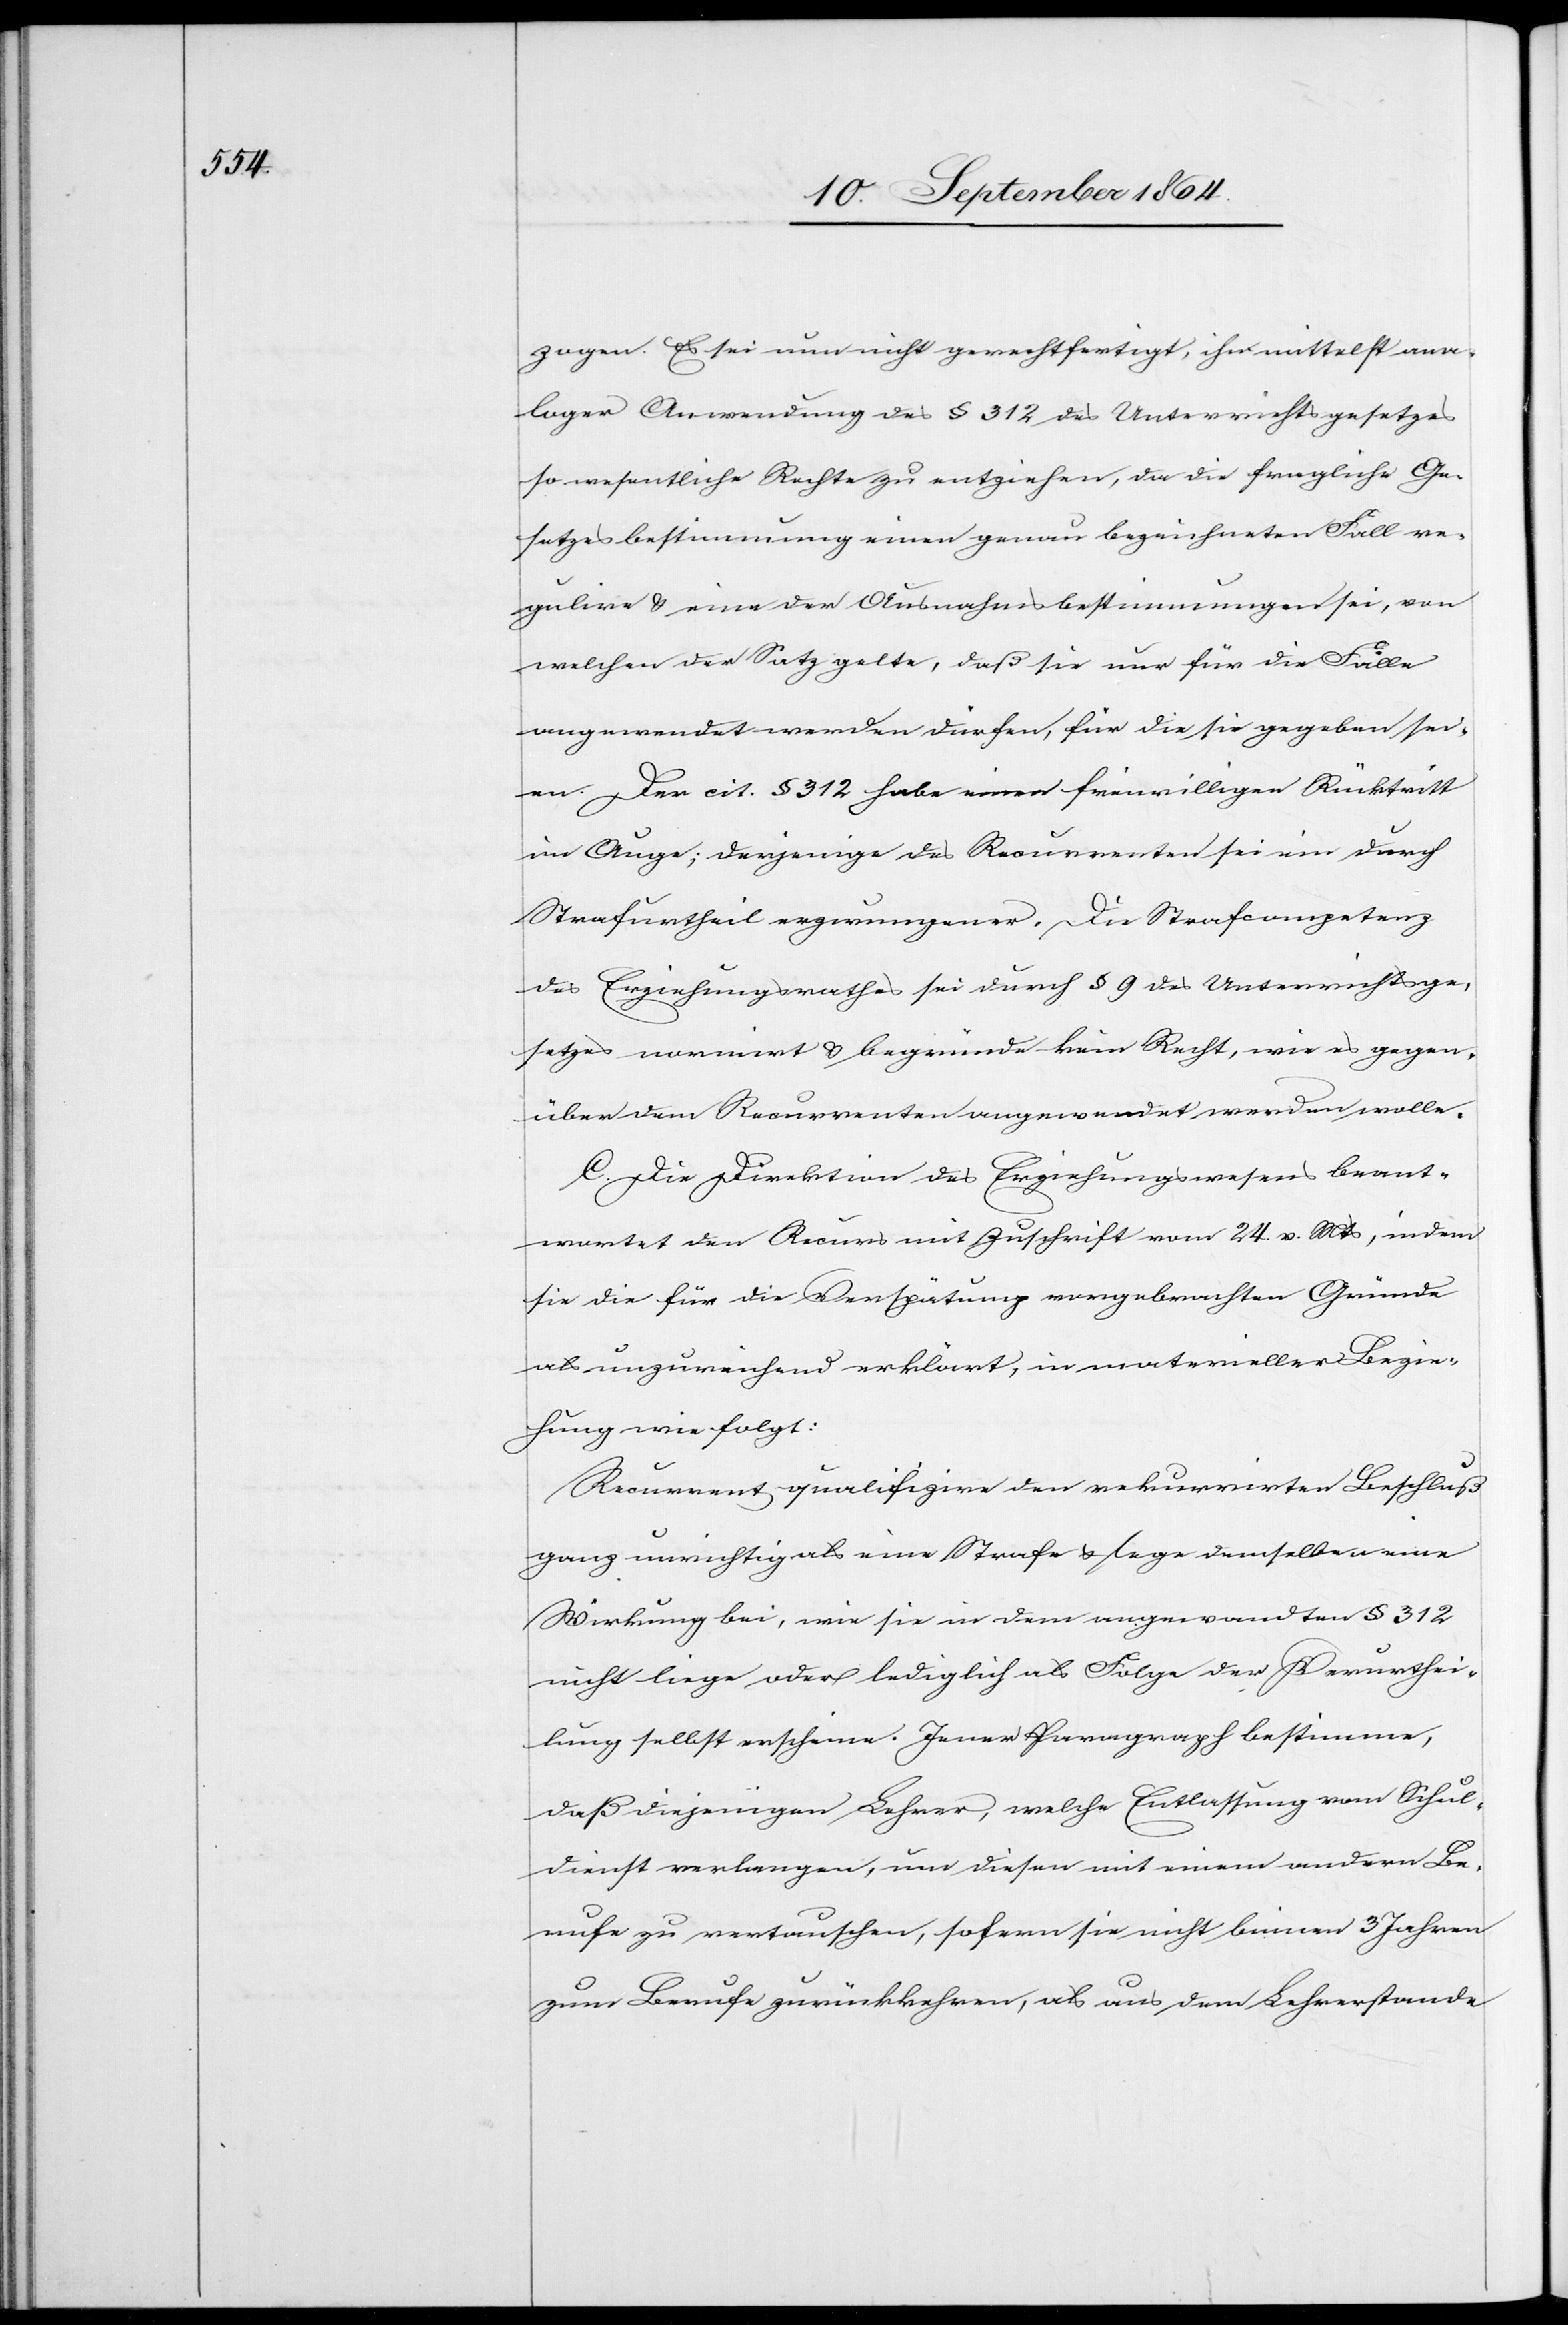
zogen. Es sei nun nicht gerechtfertigt, ihm mittelst ana¬
loger Anwendung des § 312 des Unterrichtsgesetzes
so wesentliche Rechte zu entziehen, da die fragliche Ge¬
setzesbestimmung einen genau bezeichneten Fall re¬
gulire & eine der Ausnahmsbestimmungen sei, von
welchen der Satz gelte, daß sie nur für die Fälle
angewendet werden dürfen, für die sie gegeben sei¬
en. Der cit. § 312 habe einen freiwilligen Rücktritt
im Auge; derjenige des Recurrenten sei ein durch
Strafurtheil erzwungener. Die Strafcompetenz
des Erziehungsrathes sei durch § 9 des Unterrichtsge¬
setzes normirt & begründe kein Recht, wie es gegen¬
über dem Recurrenten angewendet werden wolle.
C. Die Direktion des Erziehungswesens beant¬
wortet den Recurs mit Zuschrift vom 24. v. Mts, indem
sie für die Verspätung vorgebrachte Gründe
als unzureichend erklärt, in materieller Bezie¬
hung wie folgt:
Recurrent qualifizire den rekurrirten Beschluß
ganz unrichtig als eine Strafe & lege demselben eine
Wirkung bei, wie sie in dem angewandten § 312
nicht liege oder lediglich als Folge der Verurthei¬
lung selbst erscheine. Jener Paragraph bestimme,
daß diejenigen Lehrer, welche Entlassung vom Schul¬
dienst verlangen, um diesen mit einem andern Be¬
rufe zu vertauschen, sofern sie nicht binnen 3 Jahren
zum Berufe zurückkehren, als aus dem Lehrerstande